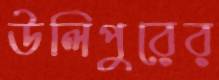
উলিপুরের